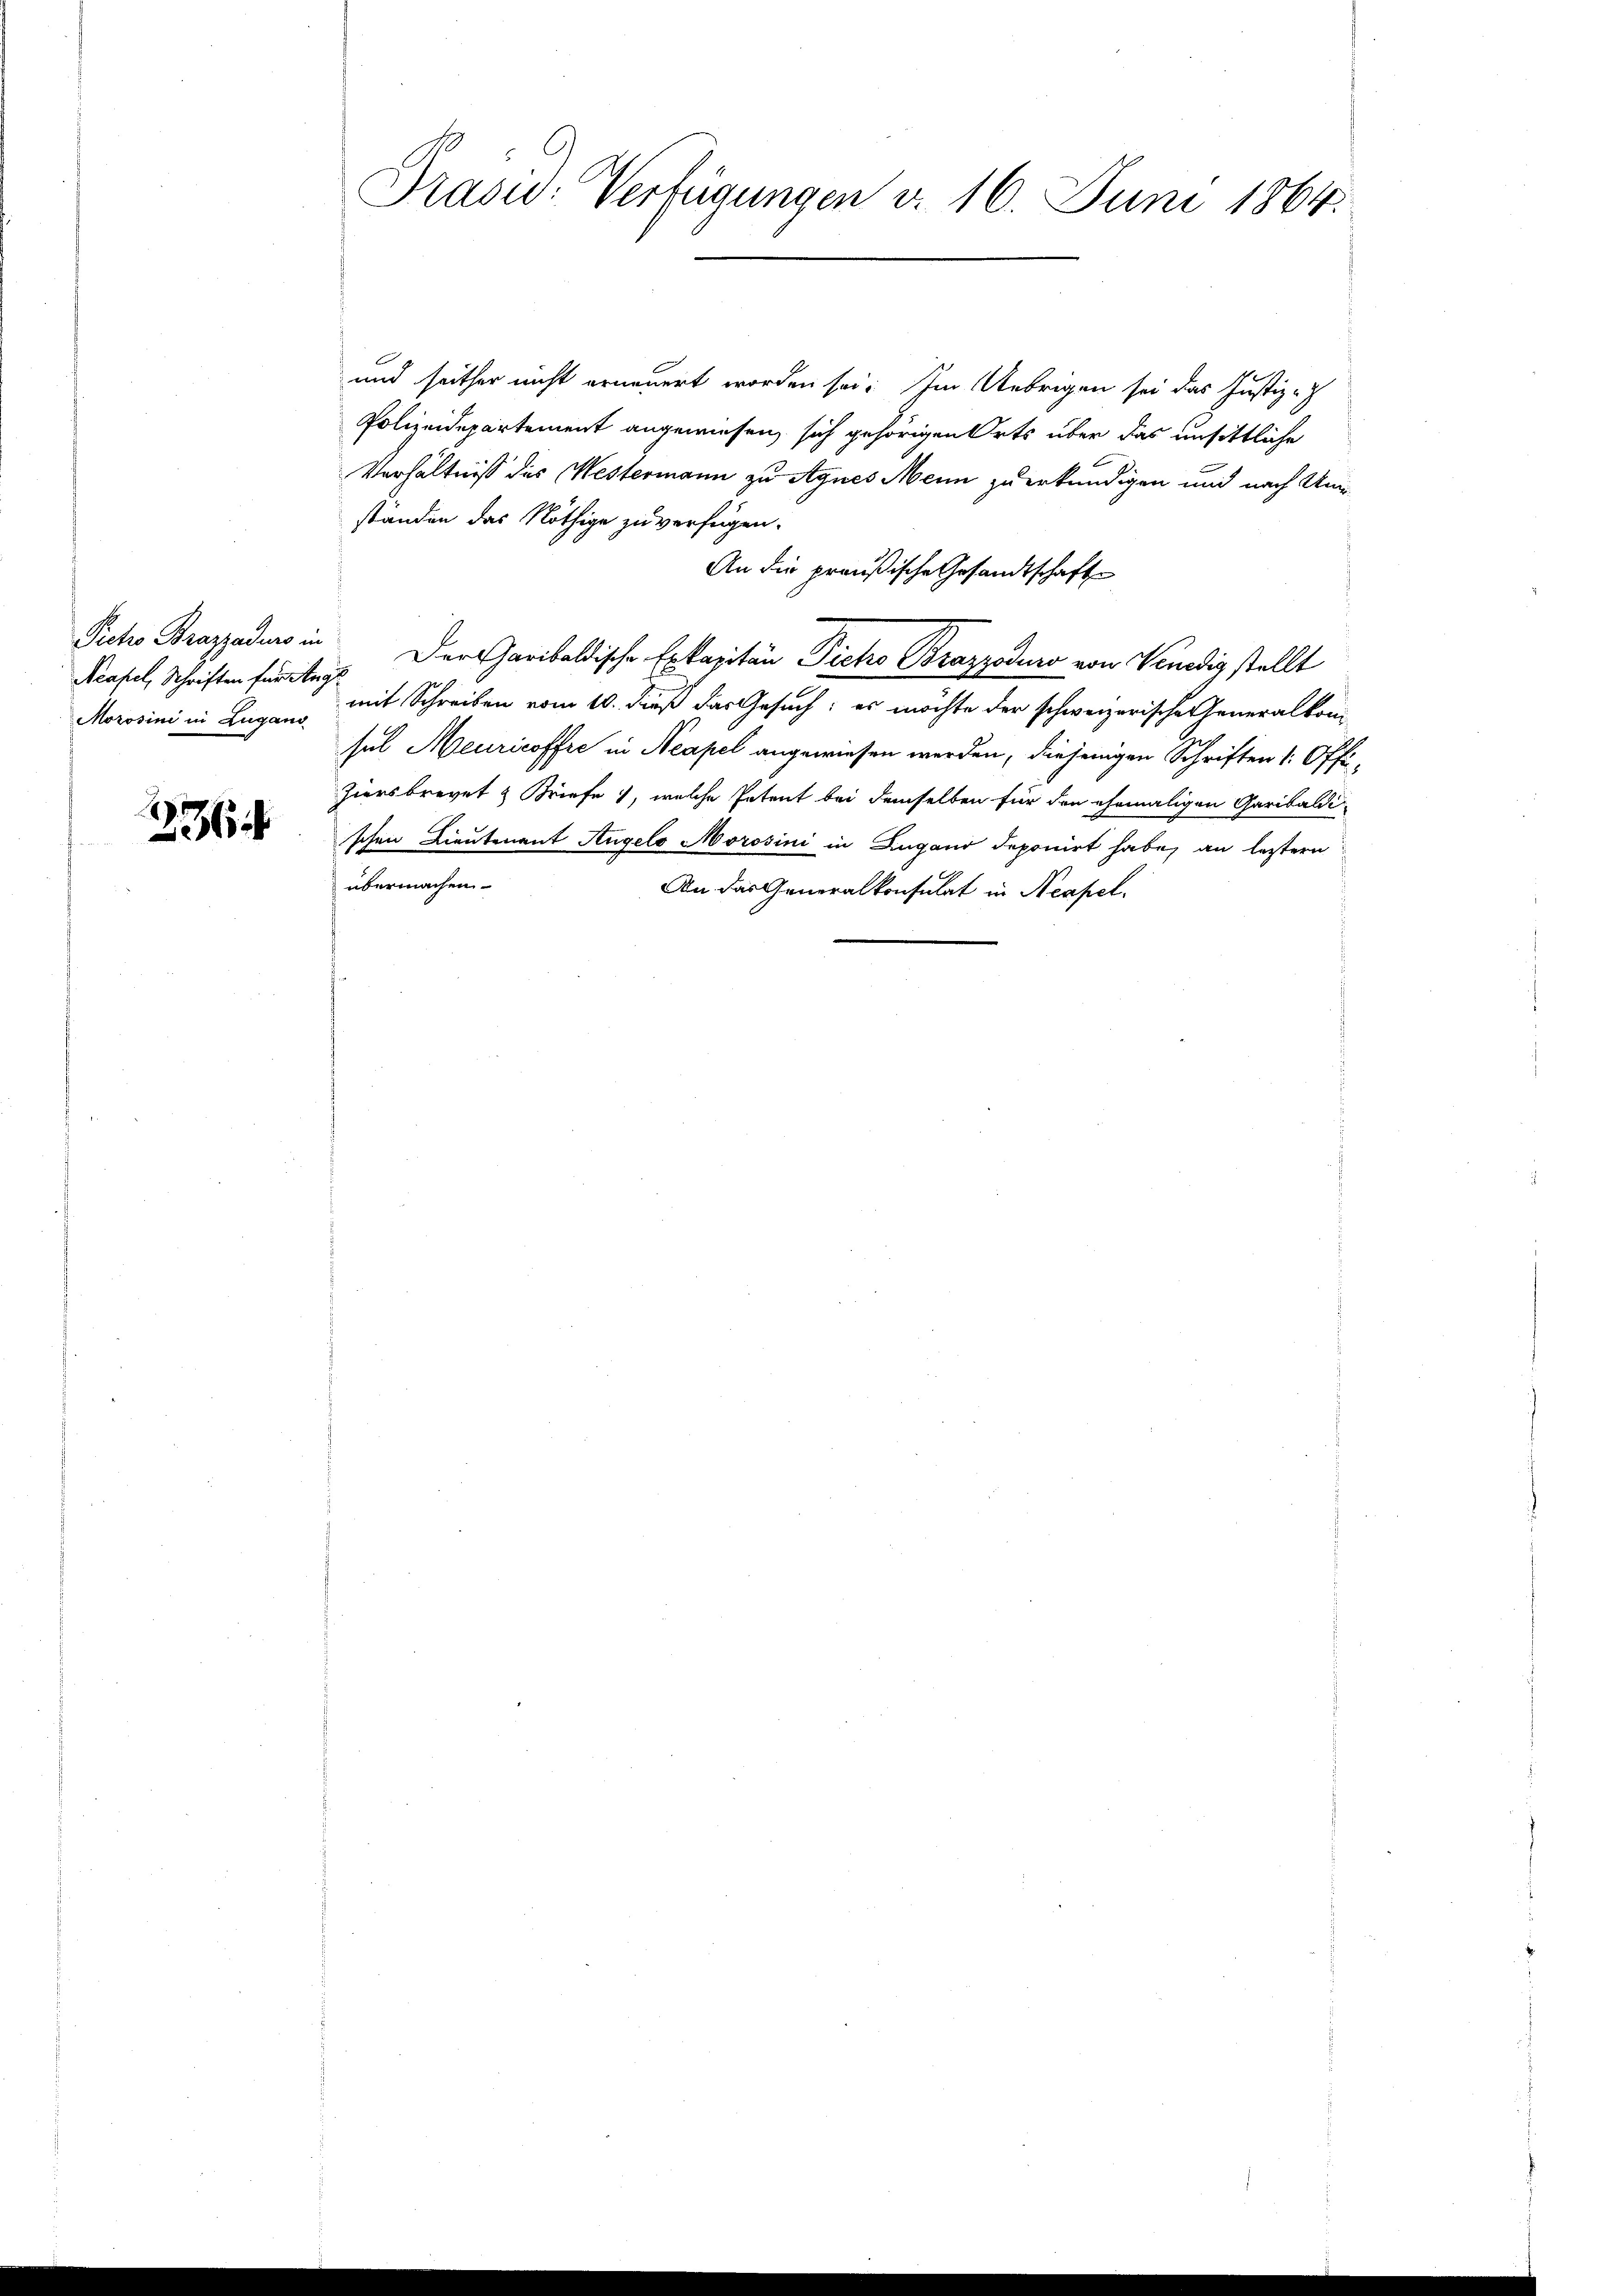
Neapel, Schriften für Ange

236

und seither nicht erneuert worden sei. Im Uebrigen sei das Justiz-
Polizeidepartement angewiesen, sich gehörigen Orts über das unsittliche
Verhältniß des Westermann zu Agnes Mein zu erkundigen und nach Unständen das Nöthige zu verfügen.
An die preußische Gesandtschaft
Pcho Brazaders in Der Caribaldische Exkapitän Picho Brazzoduno von Vendig stellt
Morosini in Lugano mit Schreiben vom 10. dieß das Gesuch; es möchte der schweizerische Generalkomsel Meuricoffre in Neapel angewiesen werden, diejenigen Schriften 1: Offi¬
Ziersbrevet & Briefe, welche Petent bei demselben für den ehemaligen Garibaldi
schen Lieutenant Angelo Morosini in Zugano deponirt habe, an letztern
übermachen
An das Generalkonsulat in Neapel.

Prasiv-Verfügungen v. 16. Juni 1864.